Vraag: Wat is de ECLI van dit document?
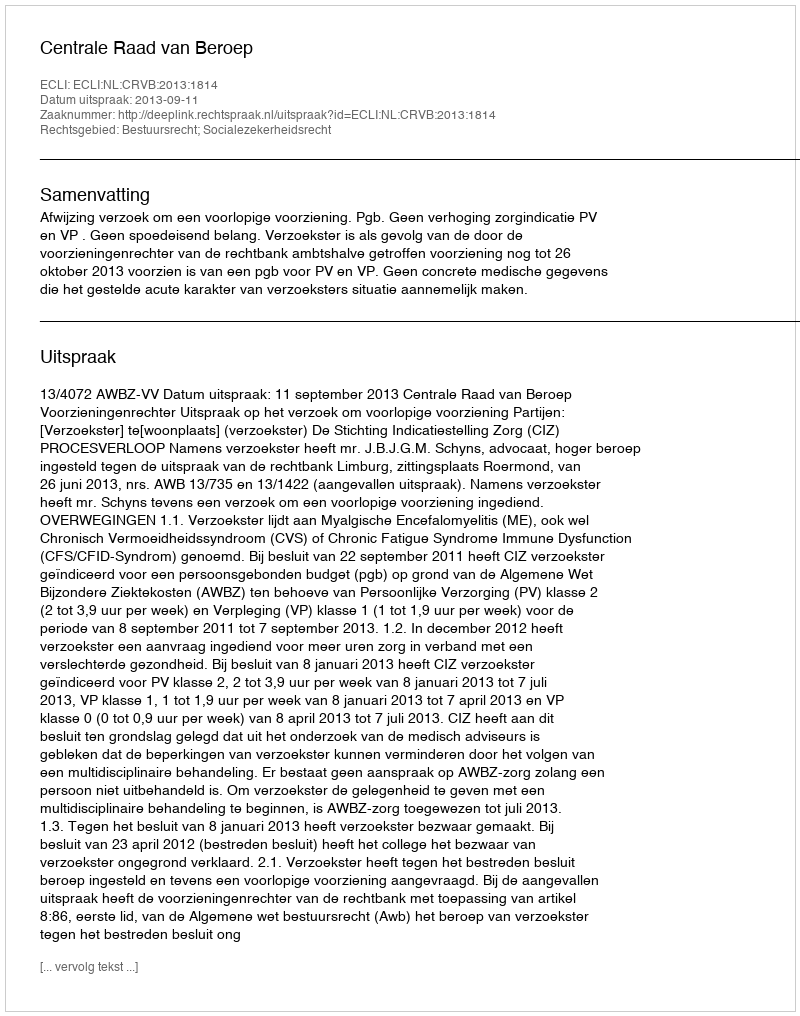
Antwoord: ECLI:NL:CRVB:2013:1814